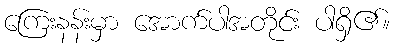
ကြေးနန်းမှာ အောက်ပါအတိုင်း ပါရှိ၏။